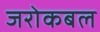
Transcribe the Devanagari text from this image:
जरोकबल